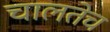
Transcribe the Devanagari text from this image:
चालतेच